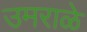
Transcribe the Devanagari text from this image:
उमराळे